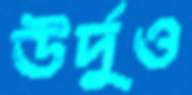
উর্দুও